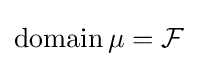
\operatorname {domain} \mu ={\mathcal {F}}